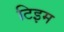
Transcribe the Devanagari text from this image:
टिइम